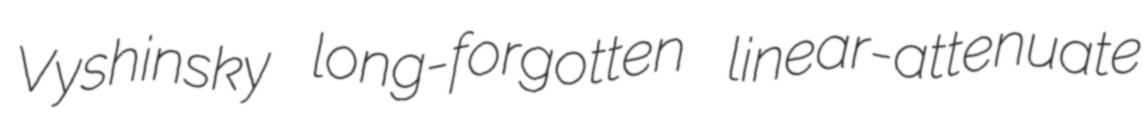
Vyshinsky long-forgotten linear-attenuate